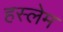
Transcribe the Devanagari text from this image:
हस्लेम